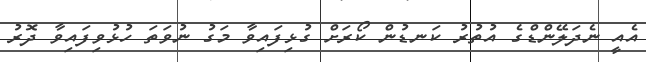
އެއީ ނެދަލޭންޑްގެ އުތުރު ކަނޑުން ކޯރަށް ގުޅިފައިވާ މަގު ނުވަތަ ހުޅުވިފައިވާ ދޮރު